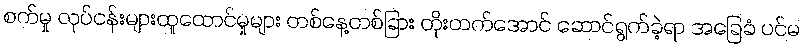
စက်မှု လုပ်ငန်းများထူထောင်မှုများ တစ်နေ့တစ်ခြား တိုးတက်အောင် ဆောင်ရွက်ခဲ့ရာ အခြေခံ ပင်မ